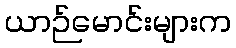
ယာဉ်မောင်းများက